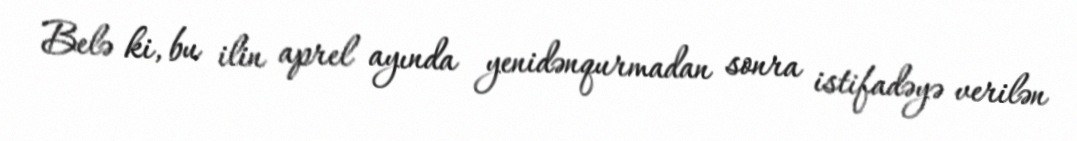
Belə ki, bu ilin aprel ayında yenidənqurmadan sonra istifadəyə verilən